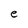
Character: e